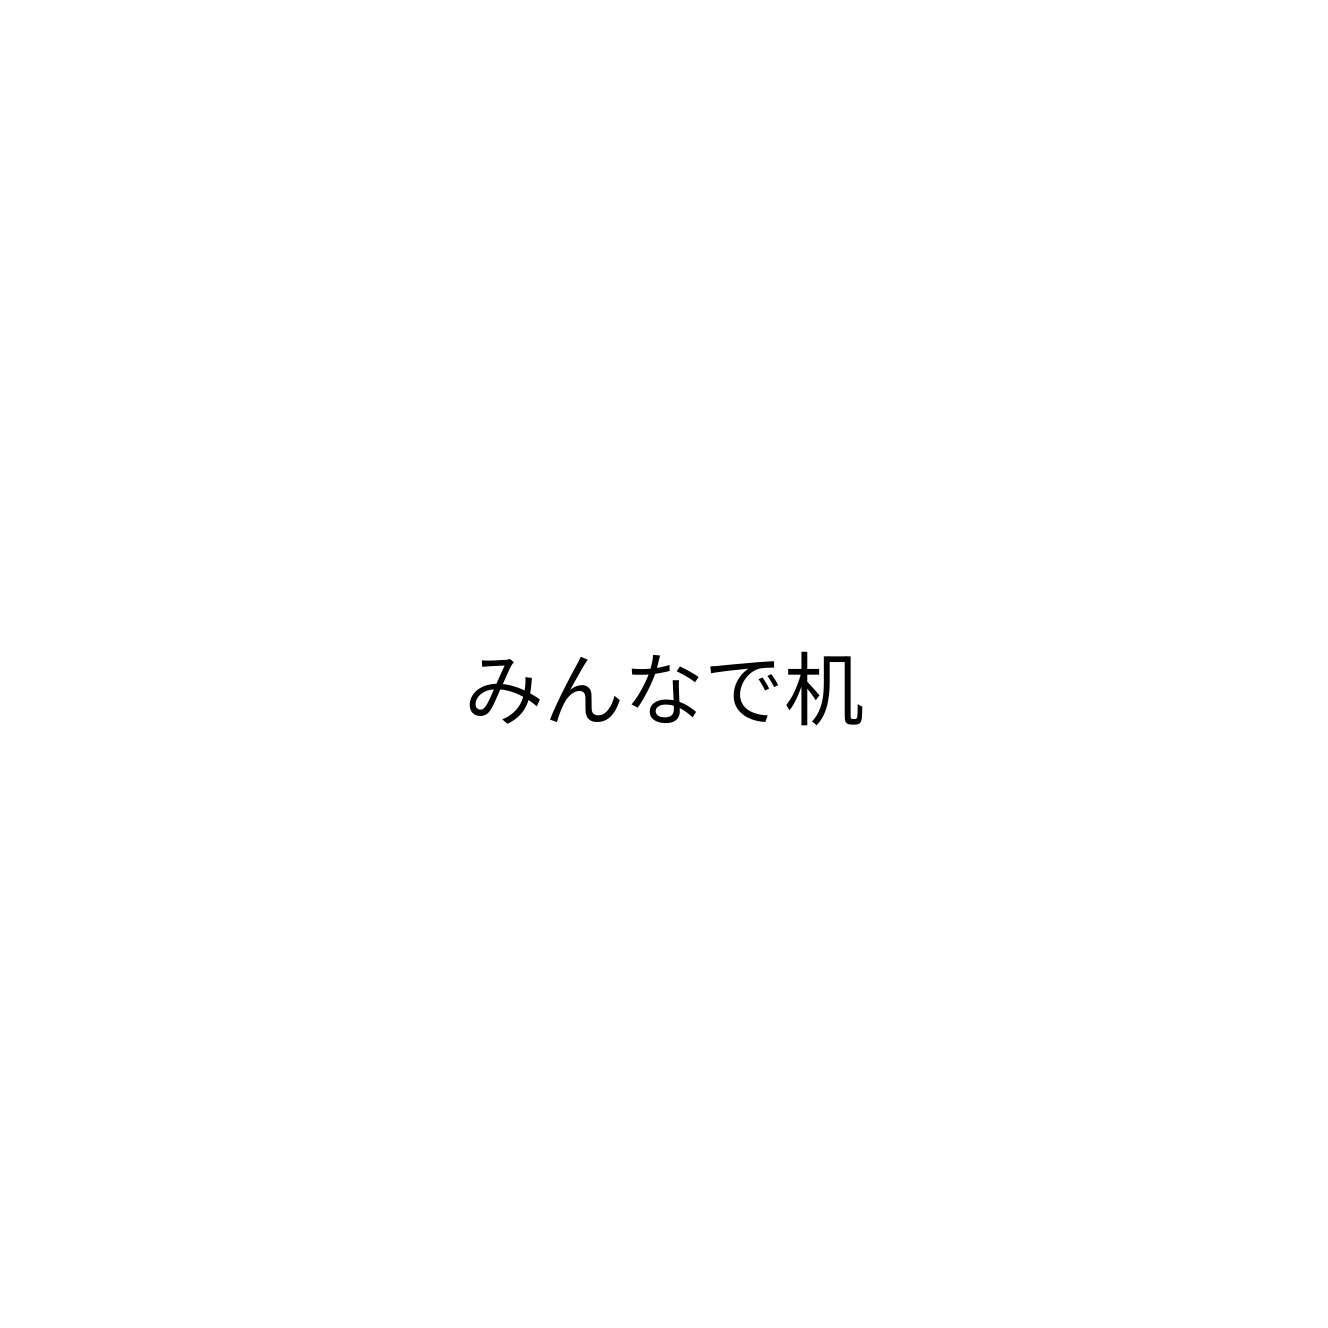
みんなで机